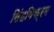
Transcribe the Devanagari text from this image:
सिंहविक्रम